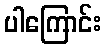
ပါကြောင်း